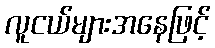
လူငယ်များအနေဖြင့်